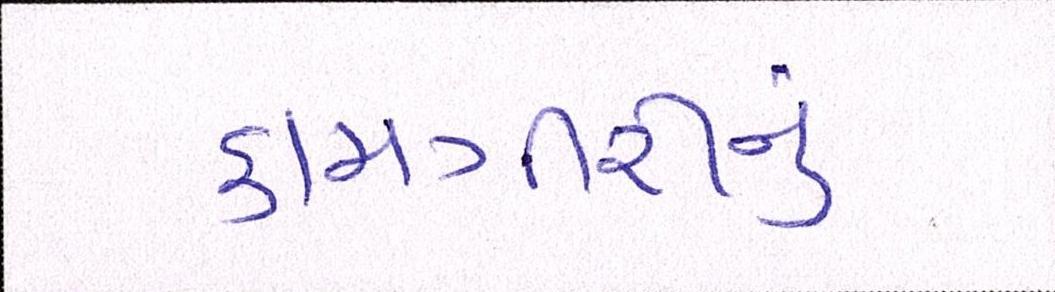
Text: કામગીરીનું